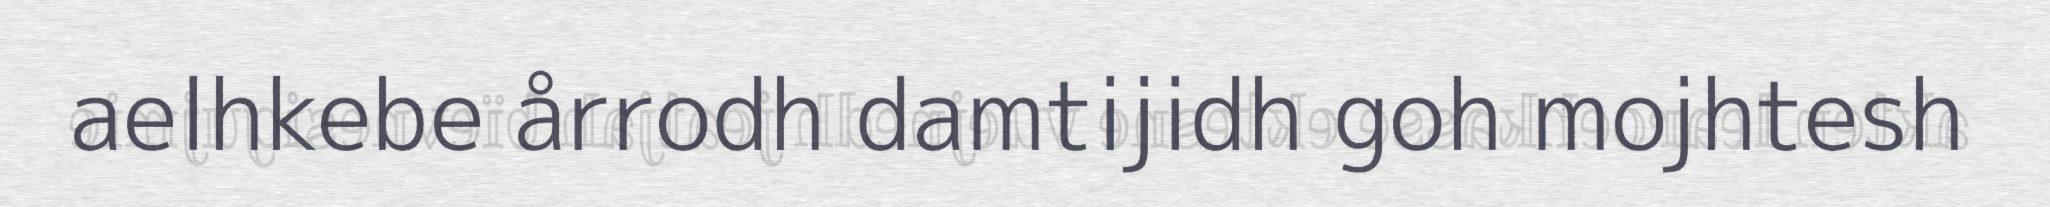
aelhkebe årrodh damtijidh goh mojhtesh